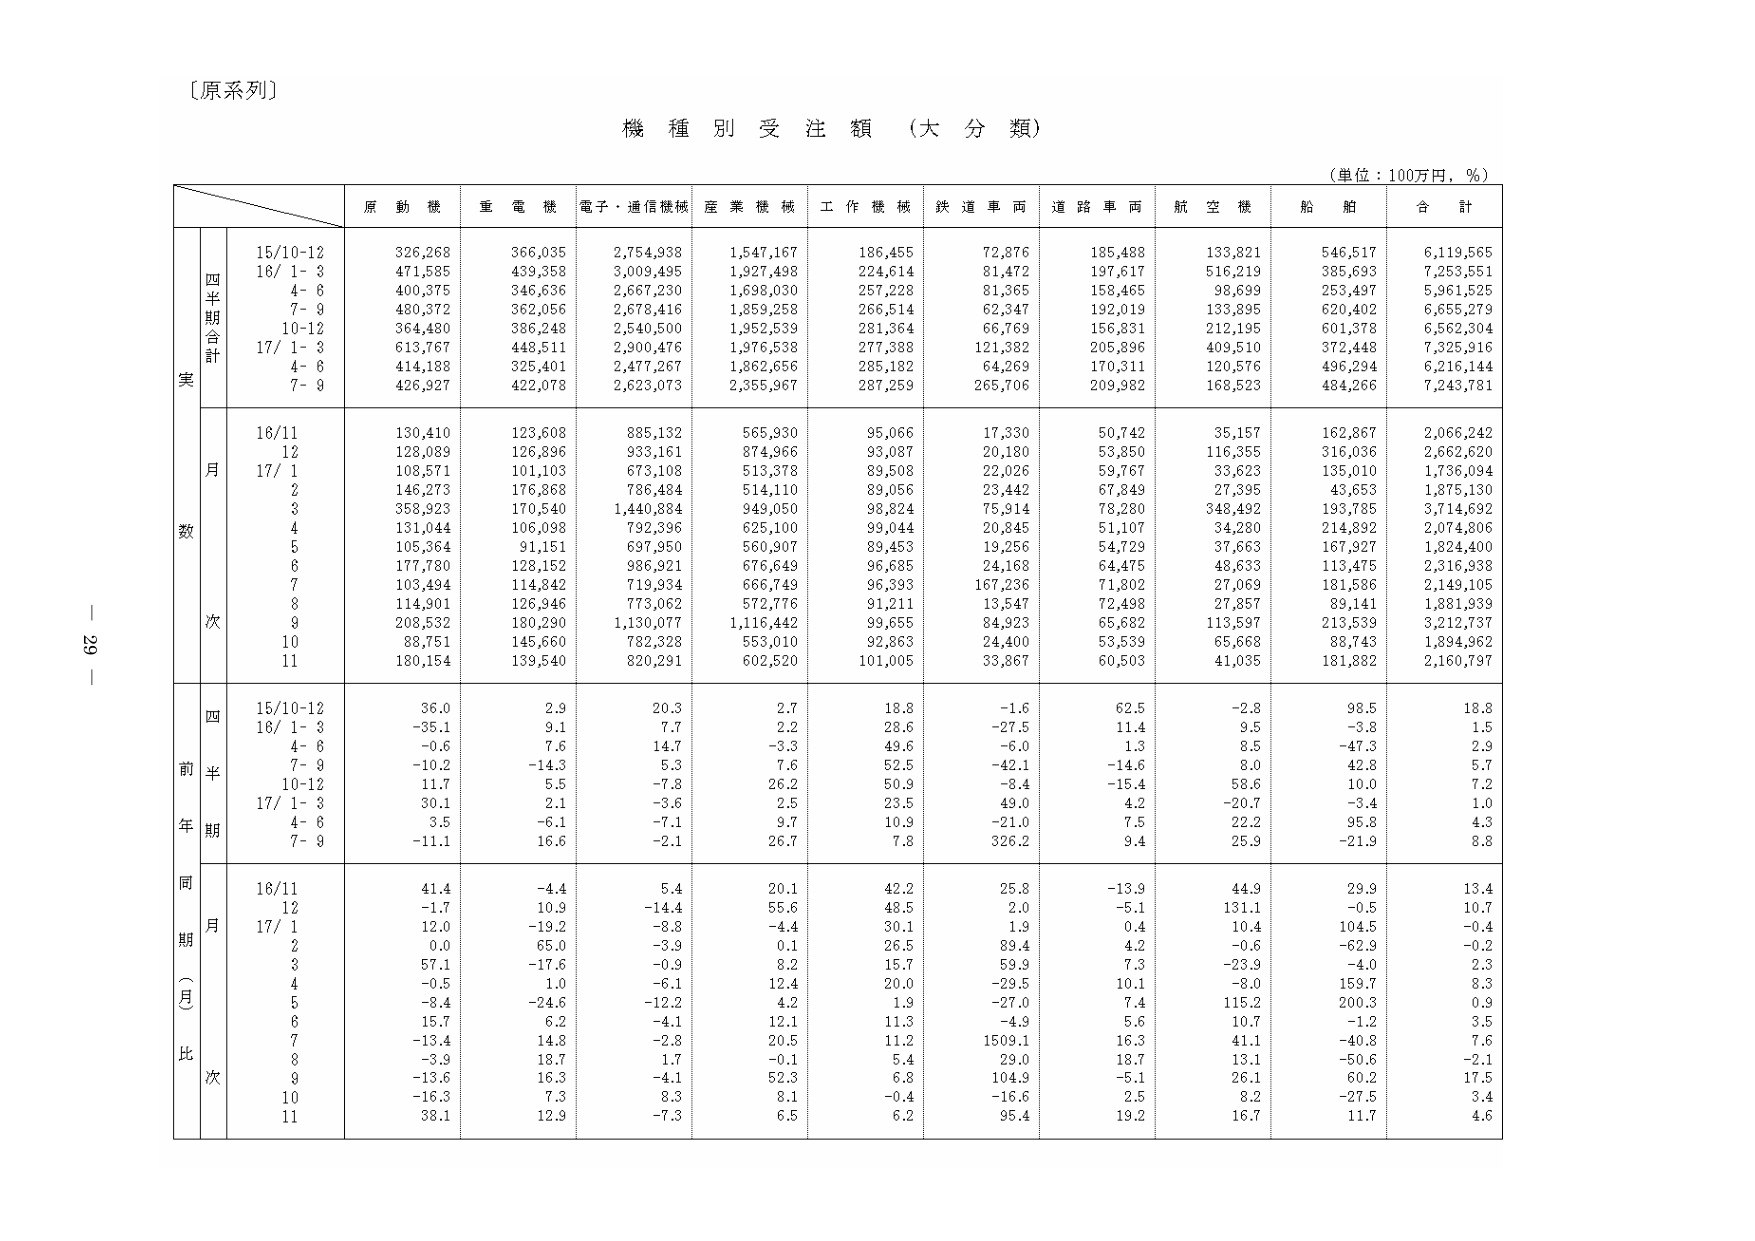
〔原系列〕

機種別受注額（大分類）

（単位：100万円，％）